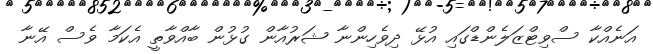
އަނެއްކާ ސްވިޓްޒަލެންޑްގައި އުޅޭ ދިވެހިންނާ ޝަރުއާން ގުޅުން ބާއްވާތީ އެކަމާ ވެސް އޭނާ